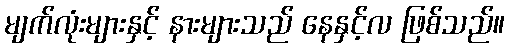
မျက်လုံးများနှင့် နားများသည် နေနှင့်လ ဖြစ်သည်။